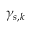
\gamma _ { s , k }